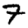
Digit: 7